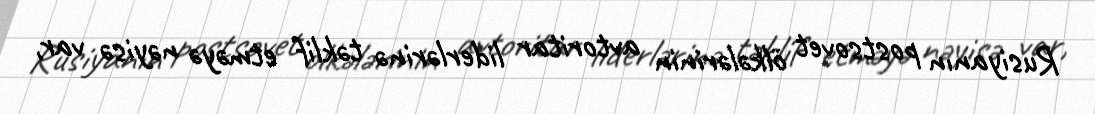
Rusiyanın postsovet ölkələrinin avtoritar liderlərinə təklif etməyə nəyisə var,